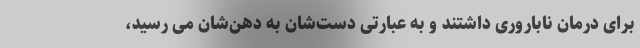
برای درمان ناباروری داشتند و به عبارتی دست‌شان به دهن‌شان می رسید،